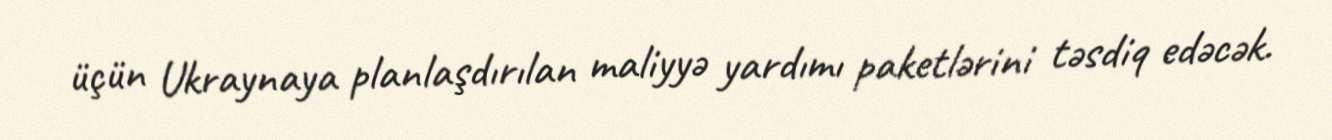
üçün Ukraynaya planlaşdırılan maliyyə yardımı paketlərini təsdiq edəcək.